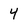
Character: 4